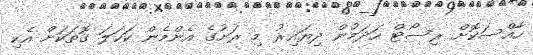
ހާއްސަކޮށް ރިސޯޓް ހަދަމުން ދިޔައިރު މި ރަށުގެ އެންމެން ކަހަލަ ގޮތަކަށް އެކި